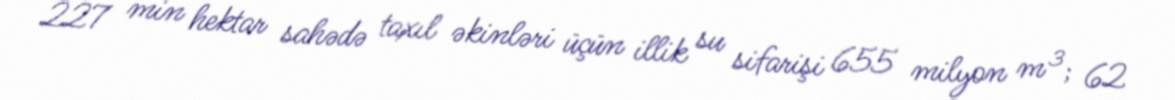
227 min hektar sahədə taxıl əkinləri üçün illik su sifarişi 655 milyon m³; 62